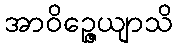
အာဝိဉ္ဇေယျာသိ